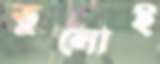
তুলোই